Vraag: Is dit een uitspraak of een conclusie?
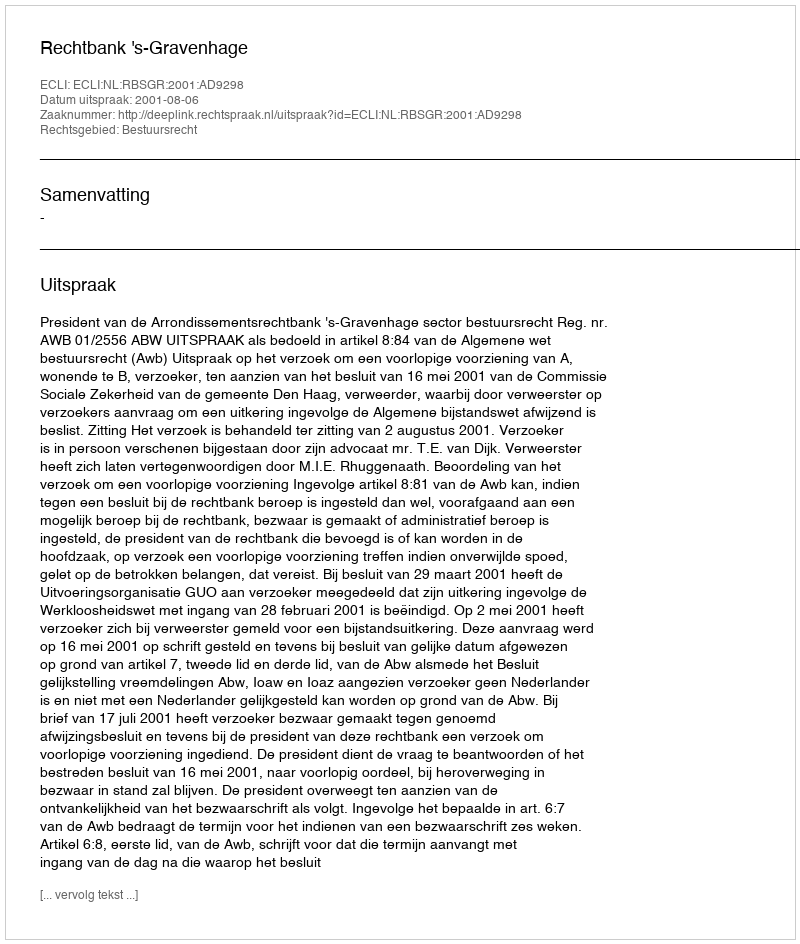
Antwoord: Uitspraak